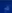
a